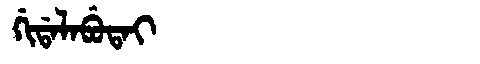
Manchu: ᡤᡳᡩᠠᠯᠠᠪᡠᡨᠠᡳ
Romanization: GIDALABUTAI